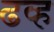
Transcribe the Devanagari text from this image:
ढव्ह